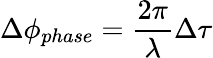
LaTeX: \Delta\phi_{phase}=\frac{2\pi}{\lambda}\Delta\tau